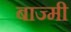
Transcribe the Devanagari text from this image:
बाज्मी